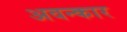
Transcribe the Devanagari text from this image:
अवन्कार